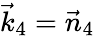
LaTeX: \vec{k}_{4}=\vec{n}_{4}